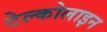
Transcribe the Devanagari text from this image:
टेल्कोलाइन